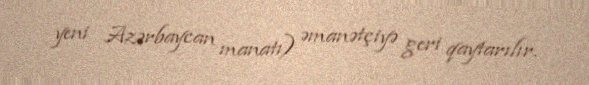
yeni Azərbaycan manatı) əmanətçiyə geri qaytarılır.